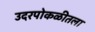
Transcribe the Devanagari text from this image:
उदरपोकळीतला